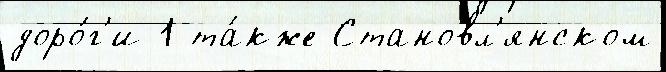
доро́г'и 1 та́кже Становл'янском